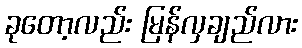
ခုတော့လည်း မြန်လှချည်လား